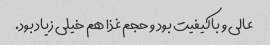
عالی و باکیفیت بود و حجم غذا هم خیلی زیاد بود.